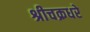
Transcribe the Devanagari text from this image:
श्रीचक्रधरे